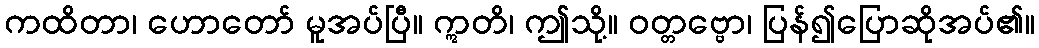
ကထိတာ၊ ဟောတော် မူအပ်ပြီ။ ဣတိ၊ ဤသို့။ ဝတ္တဗ္ဗော၊ ပြန်၍ပြောဆိုအပ်၏။